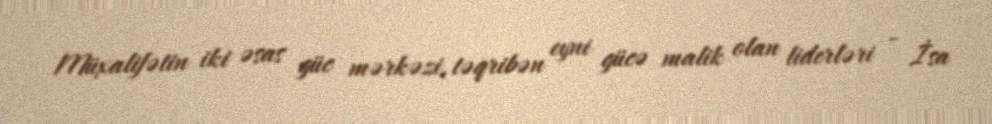
Müxalifətin iki əsas güc mərkəzi, təqribən eyni gücə malik olan liderləri - İsa